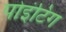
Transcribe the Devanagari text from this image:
पोइंटिंग